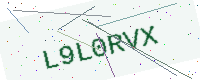
Text: L9L0RVX